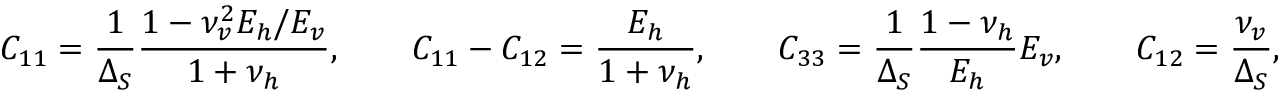
C _ { 1 1 } = \frac { 1 } { \Delta _ { S } } \frac { 1 - \nu _ { v } ^ { 2 } E _ { h } / E _ { v } } { 1 + \nu _ { h } } , \qquad C _ { 1 1 } - C _ { 1 2 } = \frac { E _ { h } } { 1 + \nu _ { h } } , \qquad C _ { 3 3 } = \frac { 1 } { \Delta _ { S } } \frac { 1 - \nu _ { h } } { E _ { h } } E _ { v } , \qquad C _ { 1 2 } = \frac { \nu _ { v } } { \Delta _ { S } } , \qquad